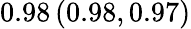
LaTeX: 0.98\left(0.98,0.97\right)